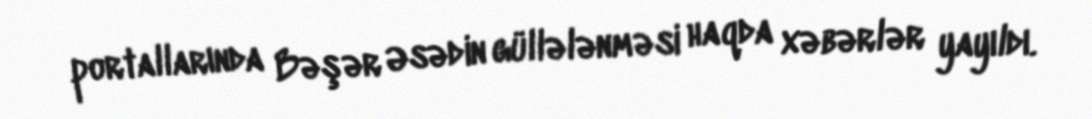
portallarında Bəşər Əsədin güllələnməsi haqda xəbərlər yayıldı.